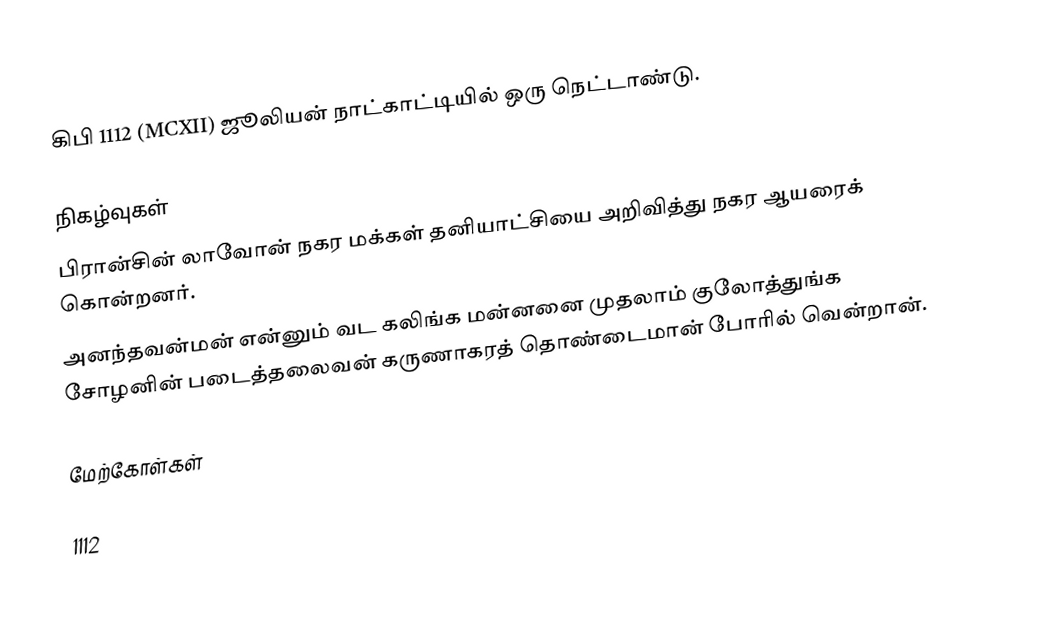
கிபி 1112 (MCXII) ஜூலியன் நாட்காட்டியில் ஒரு நெட்டாண்டு.

நிகழ்வுகள்
 பிரான்சின் லாவோன் நகர மக்கள் தனியாட்சியை அறிவித்து நகர ஆயரைக் கொன்றனர்.
 அனந்தவன்மன் என்னும் வட கலிங்க மன்னனை முதலாம் குலோத்துங்க சோழனின் படைத்தலைவன் கருணாகரத் தொண்டைமான் போரில் வென்றான்.

மேற்கோள்கள்

1112